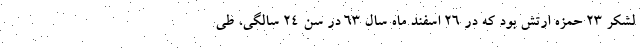
لشکر ۲۳ حمزه ارتش بود که در ۲۶ اسفند ماه سال ۶۳ در سن ۲۴ سالگی، طی